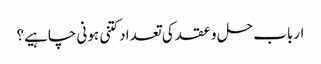
ارباب حل و عقد کی تعداد کتنی ہونی چاہیے؟